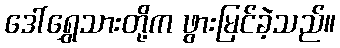
ဒေါ်ရွှေသားတို့က ဖွားမြင်ခဲ့သည်။